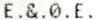
E.&.0.E.